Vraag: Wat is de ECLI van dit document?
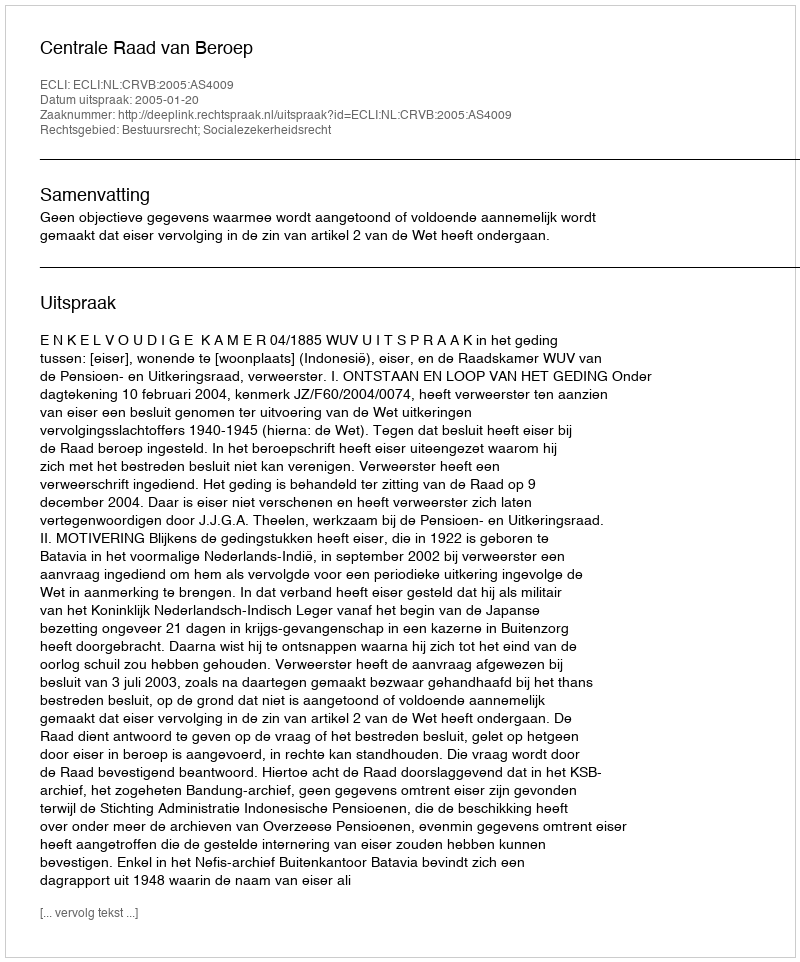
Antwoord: ECLI:NL:CRVB:2005:AS4009